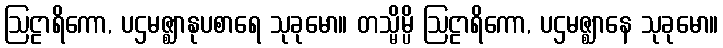
ဩဠာရိကော, ပဌမဇ္ဈာနုပစာရေ သုခုမော။ တသ္မိမ္ပိ ဩဠာရိကော, ပဌမဇ္ဈာနေ သုခုမော။